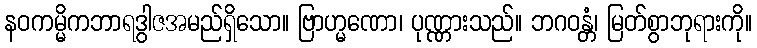
နဝကမ္မိကဘာရဒွါဇအမည်ရှိသော။ ဗြာဟ္မဏော၊ ပုဏ္ဏားသည်။ ဘဂဝန္တံ၊ မြတ်စွာဘုရားကို။